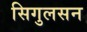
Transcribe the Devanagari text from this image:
सिगुलसन